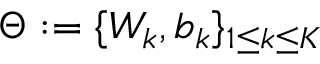
\Theta : = \{ W _ { k } , b _ { k } \} _ { 1 \leq k \leq K }